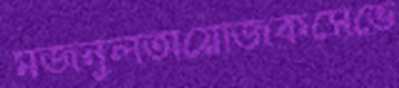
মজনুলঅয়োজকসেভে